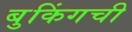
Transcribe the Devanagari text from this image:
बुकिंगची